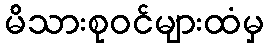
မိသားစုဝင်များထံမှ